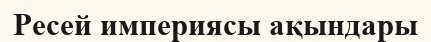
Ресей империясы ақындары